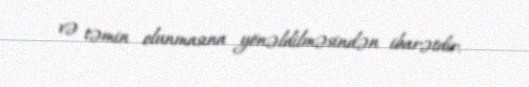
və təmin olunmasına yönəldilməsindən ibarətdir.